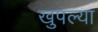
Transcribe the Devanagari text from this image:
खुपल्या